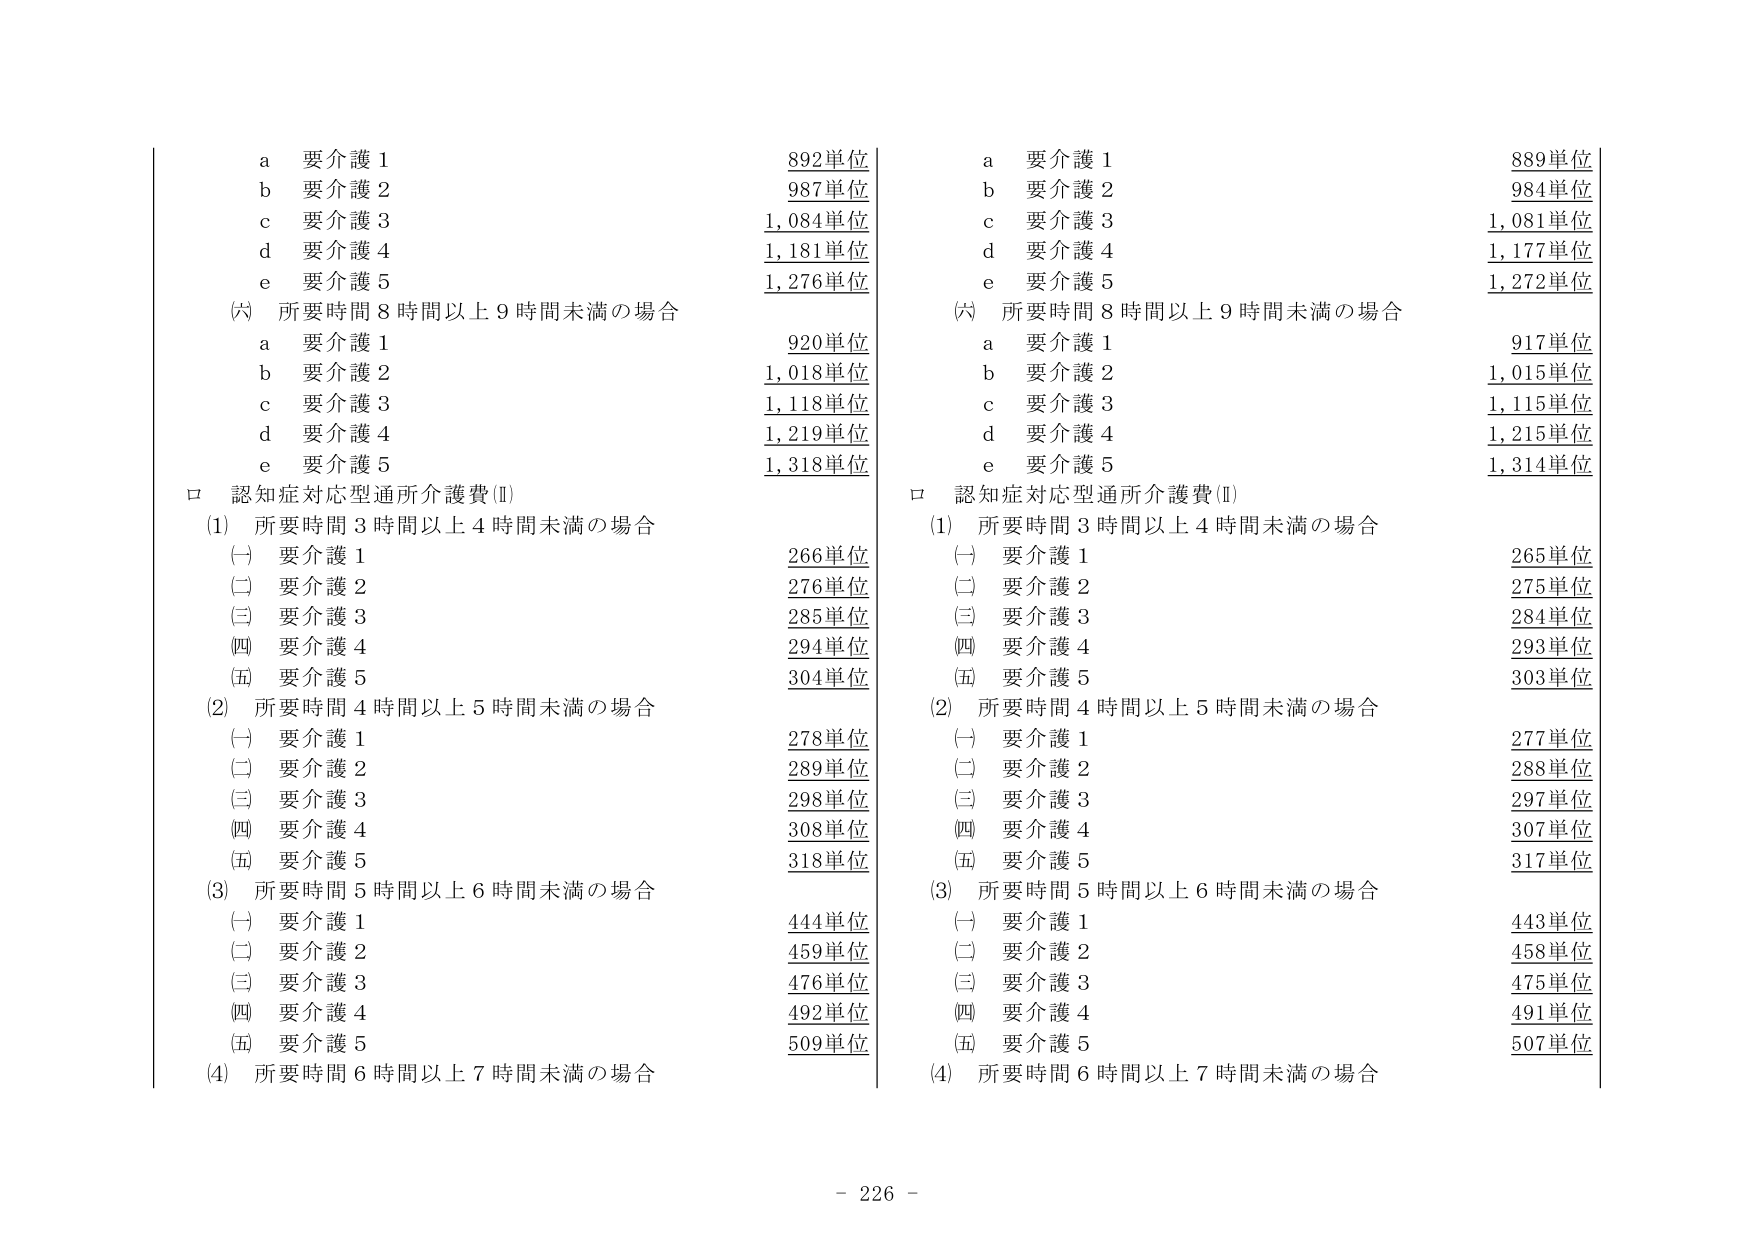
a 要介護 1 892単位
b 要介護 2 987単位
c 要介護 3 1,084単位
d 要介護 4 1,181単位
e 要介護 5 1,276単位
(六) 所要時間 8 時間以上 9 時間未満の場合
　a 要介護 1 920単位
　b 要介護 2 1,018単位
　c 要介護 3 1,118単位
　d 要介護 4 1,219単位
　e 要介護 5 1,318単位
ロ 認知症対応型通所介護費(Ⅱ)
　(1) 所要時間 3 時間以上 4 時間未満の場合
　　(一) 要介護 1 266単位
　　(二) 要介護 2 276単位
　　(三) 要介護 3 285単位
　　(四) 要介護 4 294単位
　　(五) 要介護 5 304単位
　(2) 所要時間 4 時間以上 5 時間未満の場合
　　(一) 要介護 1 278単位
　　(二) 要介護 2 289単位
　　(三) 要介護 3 298単位
　　(四) 要介護 4 308単位
　　(五) 要介護 5 318単位
　(3) 所要時間 5 時間以上 6 時間未満の場合
　　(一) 要介護 1 444単位
　　(二) 要介護 2 459単位
　　(三) 要介護 3 476単位
　　(四) 要介護 4 492単位
　　(五) 要介護 5 509単位
　(4) 所要時間 6 時間以上 7 時間未満の場合

a 要介護 1 889単位
b 要介護 2 984単位
c 要介護 3 1,081単位
d 要介護 4 1,177単位
e 要介護 5 1,272単位
(六) 所要時間 8 時間以上 9 時間未満の場合
　a 要介護 1 917単位
　b 要介護 2 1,015単位
　c 要介護 3 1,115単位
　d 要介護 4 1,215単位
　e 要介護 5 1,314単位
ロ 認知症対応型通所介護費(Ⅱ)
　(1) 所要時間 3 時間以上 4 時間未満の場合
　　(一) 要介護 1 265単位
　　(二) 要介護 2 275単位
　　(三) 要介護 3 284単位
　　(四) 要介護 4 293単位
　　(五) 要介護 5 303単位
　(2) 所要時間 4 時間以上 5 時間未満の場合
　　(一) 要介護 1 277単位
　　(二) 要介護 2 288単位
　　(三) 要介護 3 297単位
　　(四) 要介護 4 307単位
　　(五) 要介護 5 317単位
　(3) 所要時間 5 時間以上 6 時間未満の場合
　　(一) 要介護 1 443単位
　　(二) 要介護 2 458単位
　　(三) 要介護 3 475単位
　　(四) 要介護 4 491単位
　　(五) 要介護 5 507単位
　(4) 所要時間 6 時間以上 7 時間未満の場合

- 226 -